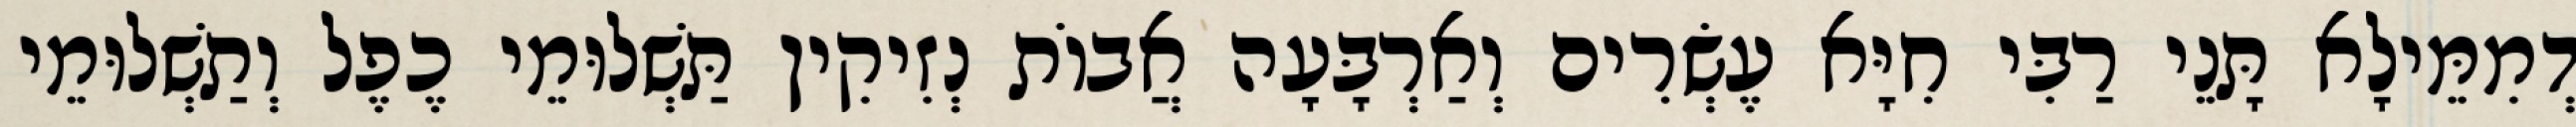
דְמִמֵּילָא תָּנֵי רַבִּי חִיָּא עֶשְׂרִים וְאַרְבָּעָה אֲבוֹת נְזִיקִין תַּשְׁלוּמֵי כֶפֶל וְתַשְׁלוּמֵי